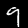
Label: 9